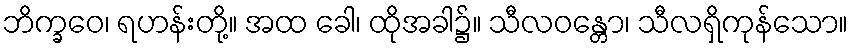
ဘိက္ခဝေ၊ ရဟန်းတို့။ အထ ခေါ၊ ထိုအခါ၌။ သီလဝန္တော၊ သီလရှိကုန်သော။